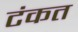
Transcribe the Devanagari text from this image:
टंकत